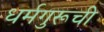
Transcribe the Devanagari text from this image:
धर्मगुरूची